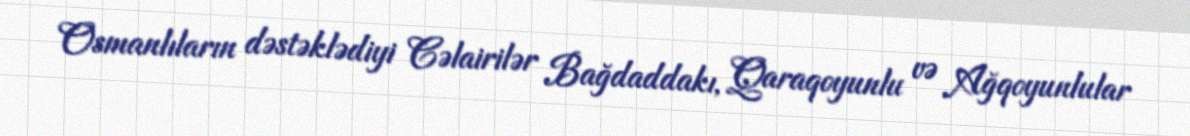
Osmanlıların dəstəklədiyi Cəlairilər Bağdaddakı, Qaraqoyunlu və Ağqoyunlular